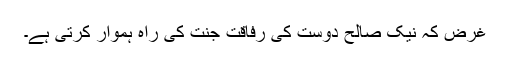
غرض کہ نیک صالح دوست کی رفاقت جنت کی راہ ہموار کرتی ہے۔